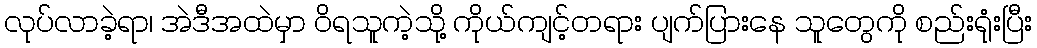
လုပ်လာခဲ့ရာ၊ အဲဒီအထဲမှာ ဝိရသူကဲ့သို့ ကိုယ်ကျင့်တရား ပျက်ပြားနေ သူတွေကို စည်းရုံးပြီး